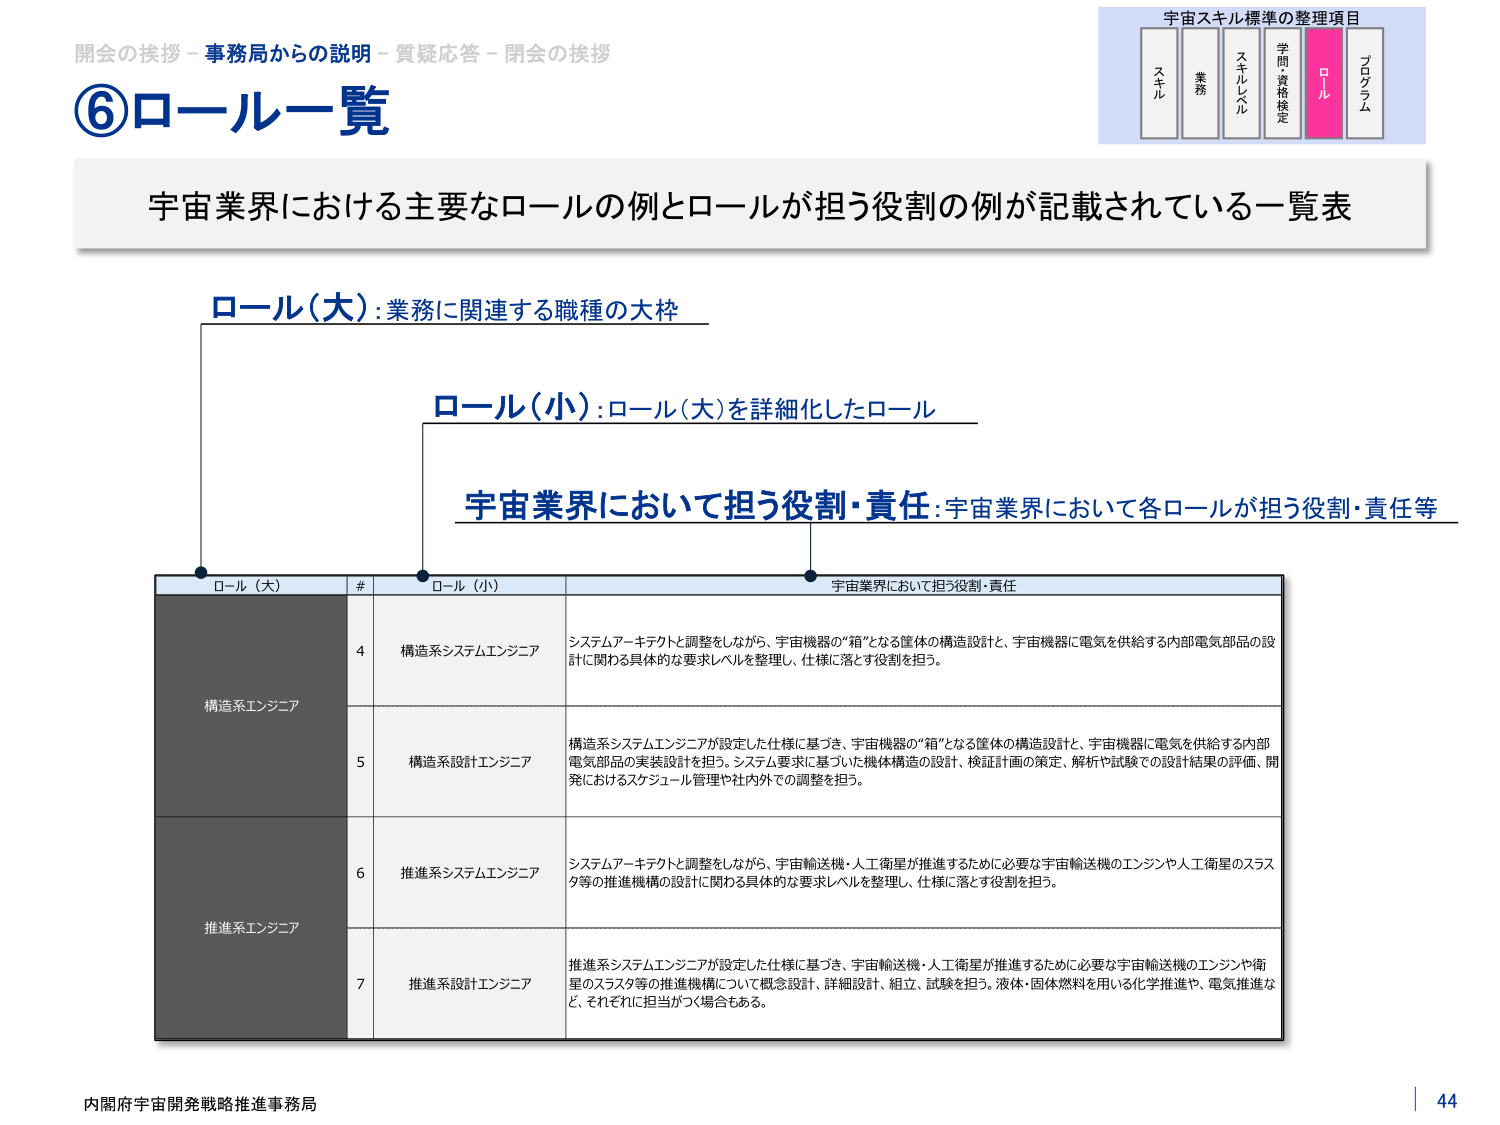
開会の挨拶 - 事務局からの説明 - 質疑応答 - 閉会の挨拶
⑥ロール一覧
宇宙スキル標準の整理項目
スキル
業務
スキルレベル
学問・資格検定
ロール
プログラム
宇宙業界における主要なロールの例とロールが担う役割の例が記載されている一覧表
ロール（大）：業務に関連する職種の大枠
ロール（小）：ロール（大）を詳細化したロール
宇宙業界において担う役割・責任：宇宙業界において各ロールが担う役割・責任等
ロール（大）
#
ロール（小）
宇宙業界において担う役割・責任
構造系エンジニア
4
構造系システムエンジニア
システムアーキテクトと調整をしながら、宇宙機器の“箱”となる筐体の構造設計と、宇宙機器に電気を供給する内部電気部品の設計に関わる具体的な要求レベルを整理し、仕様に落とす役割を担う。
5
構造系設計エンジニア
構造系システムエンジニアが設定した仕様に基づき、宇宙機器の“箱”となる筐体の構造設計と、宇宙機器に電気を供給する内部電気部品の実装設計を担う。システム要求に基づいた機体構造の設計、検証計画の策定、解析や試験での設計結果の評価、開発におけるスケジュール管理や社内外での調整を担う。
推進系エンジニア
6
推進系システムエンジニア
システムアーキテクトと調整をしながら、宇宙輸送機・人工衛星が推進するために必要な宇宙輸送機のエンジンや人工衛星のスラスタ等の推進機構の設計に関わる具体的な要求レベルを整理し、仕様に落とす役割を担う。
7
推進系設計エンジニア
推進系システムエンジニアが設定した仕様に基づき、宇宙輸送機・人工衛星が推進するために必要な宇宙輸送機のエンジンや衛星のスラスタ等の推進機構について概念設計、詳細設計、組立、試験を担う。液体・固体燃料を用いる化学推進や、電気推進など、それぞれに担当がつく場合もある。
内閣府宇宙開発戦略推進事務局
44